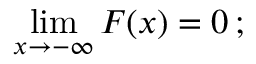
\operatorname* { l i m } _ { x \rightarrow - \infty } F ( x ) = 0 \, ;